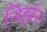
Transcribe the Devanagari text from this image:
निर्झर।